[Report on the health of British troops in the Madras command]
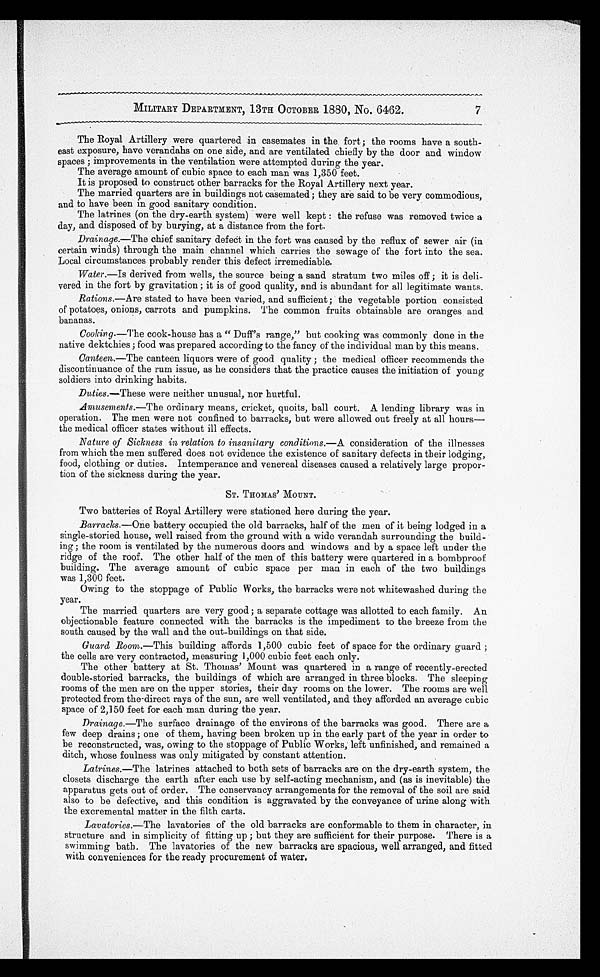
MILITARY DEPARTMENT, 13TH OCTOBER 1880, No. 6462.
7
The Royal Artillery were quartered in casemates in the fort; the rooms have a south
-east exposure, have verandahs on one side, and are ventilated chiefly by the door and window
spaces ; improvements in the ventilation were attempted during the year.
The average amount of cubic space to each man was 1,350 feet.
It is proposed to construct other barracks for the Royal Artillery next year.
The married quarters are in buildings not casemated ; they are said to be very commodious,
and to have been in good sanitary condition.
The latrines (on the dry-earth system) were well kept : the refuse was removed twice a
day, and disposed of by burying, at a distance from the fort.
Drainage.—The chief sanitary defect in the fort was caused by the reflux of sewer air (in
certain winds) through the main channel which carries the sewage of the fort into the sea.
Local circumstances probably render this defect irremediable.
Water.—Is derived from wells, the source being a sand stratum two miles off ; it is deli
-vered in the fort by gravitation ; it is of good quality, and is abundant for all legitimate wants.
Rations. —Are stated to have been varied, and sufficient ; the vegetable portion consisted
of potatoes, onions, carrots and pumpkins. The common fruits obtainable are oranges and
bananas.
Cooking. —The cook-house has a "Duff's range," but cooking was commonly done in the
native dektchies ; food was prepared according to the fancy of the individual man by this means.
Canteen.—The canteen liquors were of good quality ; the medical officer recommends the
discontinuance of the rum issue, as he considers that the practice causes the initiation of young
soldiers into drinking habits.
Duties. —These were neither unusual, nor hurtful.
Amusements. —The ordinary means, cricket, quoits, ball court. A lending library was in
operation. The men were not confined to barracks, but were allowed out freely at all hours—
the medical officer states without ill effects.
Nature of Sickness in relation to insanitary conditions. —A consideration of the illnesses
from which the men suffered does not evidence the existence of sanitary defects in their lodging,
food, clothing or duties. Intemperance and venereal diseases caused a relatively large propor
-tion of the sickness during the year.
ST. THOMAS' MOUNT.
Two batteries of Royal Artillery were stationed here during the year.
Barracks. —One battery occupied the old barracks, half of the men of it being lodged in a
single-storied house, well raised from the ground with a wide verandah surrounding the build
-ing ; the room is ventilated by the numerous doors and windows and by a space left under the
ridge of the roof. The other half of the men of this battery were quartered in a bombproof
building. The average amount of cubic space per man in each of the two buildings
was 1,300 feet.
Owing to the stoppage of Public Works, the barracks were not whitewashed during the
year.
The married quarters are very good ; a separate cottage was allotted to each family. An
objectionable feature connected with the barracks is the impediment to the breeze from the
south caused by the wall and the out-buildings on that side.
Guard Room.—This building affords 1,500 cubic feet of space for the ordinary guard ;
the cells are very contracted, measuring 1,000 cubic feet each only.
The other battery at St. Thomas' Mount was quartered in a range of recently-erected
double-storied barracks, the buildings of which are arranged in three blocks. The sleeping
rooms of the men are on the upper stories, their day rooms on the lower. The rooms are well
protected from the direct rays of the sun, are well ventilated, and they afforded an average cubic
space of 2,150 feet for each man during the year.
Drainage. —The surface drainage of the environs of the barracks was good. There are a
few deep drains ; one of them, having been broken up in the early part of the year in order to
be reconstructed, was, owing to the stoppage of Public Works, left unfinished, and remained a
ditch, whose foulness was only mitigated by constant attention.
Latrines.—The latrines attached to both sets of barracks are on the dry-earth system, the
closets discharge the earth after each use by self-acting mechanism, and (as is inevitable) the
apparatus gets out of order. The conservancy arrangements for the removal of the soil are said
also to be defective, and this condition is aggravated by the conveyance of urine along with
the excremental matter in the filth carts.
Lavatories. —The lavatories of the old barracks are conformable to them in character, in
structure and in simplicity of fitting up ; but they are sufficient for their purpose. There is a
swimming bath. The lavatories of the new barracks are spacious, well arranged, and fitted
with conveniences for the ready procurement of water.